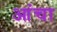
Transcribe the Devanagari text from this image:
आंचा